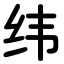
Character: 纬